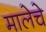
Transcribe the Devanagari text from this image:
मालेचे